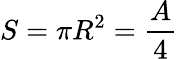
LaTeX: S=\pi R^{2}={\frac{A}{4}}